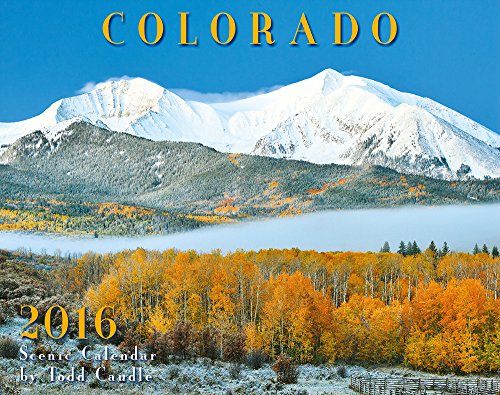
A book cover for Colorado 2016 Deluxe Wall Calendar; Todd Caudle; Calendars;